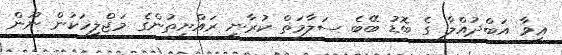
އީވާ އަބްދުއްލާ ގެ ބޮޑު ބޭބެ ސަލާމަތް ކުރާނީ ރައްޔިތުންގެ މަޖްލީހަކުން ނޫން